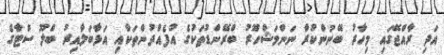
އަދި ރާއްޖޭގައި މިހާރު ބޭނުންކުރާ ނަންމަޝްހޫރު ބްރޭންޑުތަކުގެ އުފެއްދުންތަކާއި އަޅާބަލާއިރު ބްލޫ ސްޓާގެ